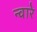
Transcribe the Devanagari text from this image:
न्वारे